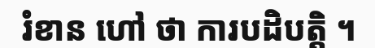
រំខាន ហៅ ថា ការបដិបត្តិ ។